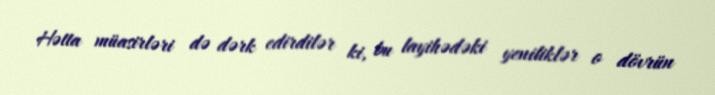
Hətta müasirləri də dərk edirdilər ki, bu layihədəki yeniliklər o dövrün